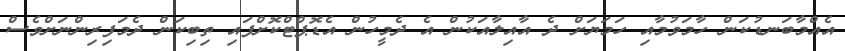
އެއްމާބަނޑުކަން ހާމަވުމާއި ހަމަޔަށް ދެ އާއިލާއަކުން އެ ދެމީހުން އެޑޮޕްޓްކޮށްފައި ތިބިކަން ދެމަފިރިންނަށްވެސް